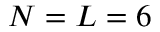
N = L = 6